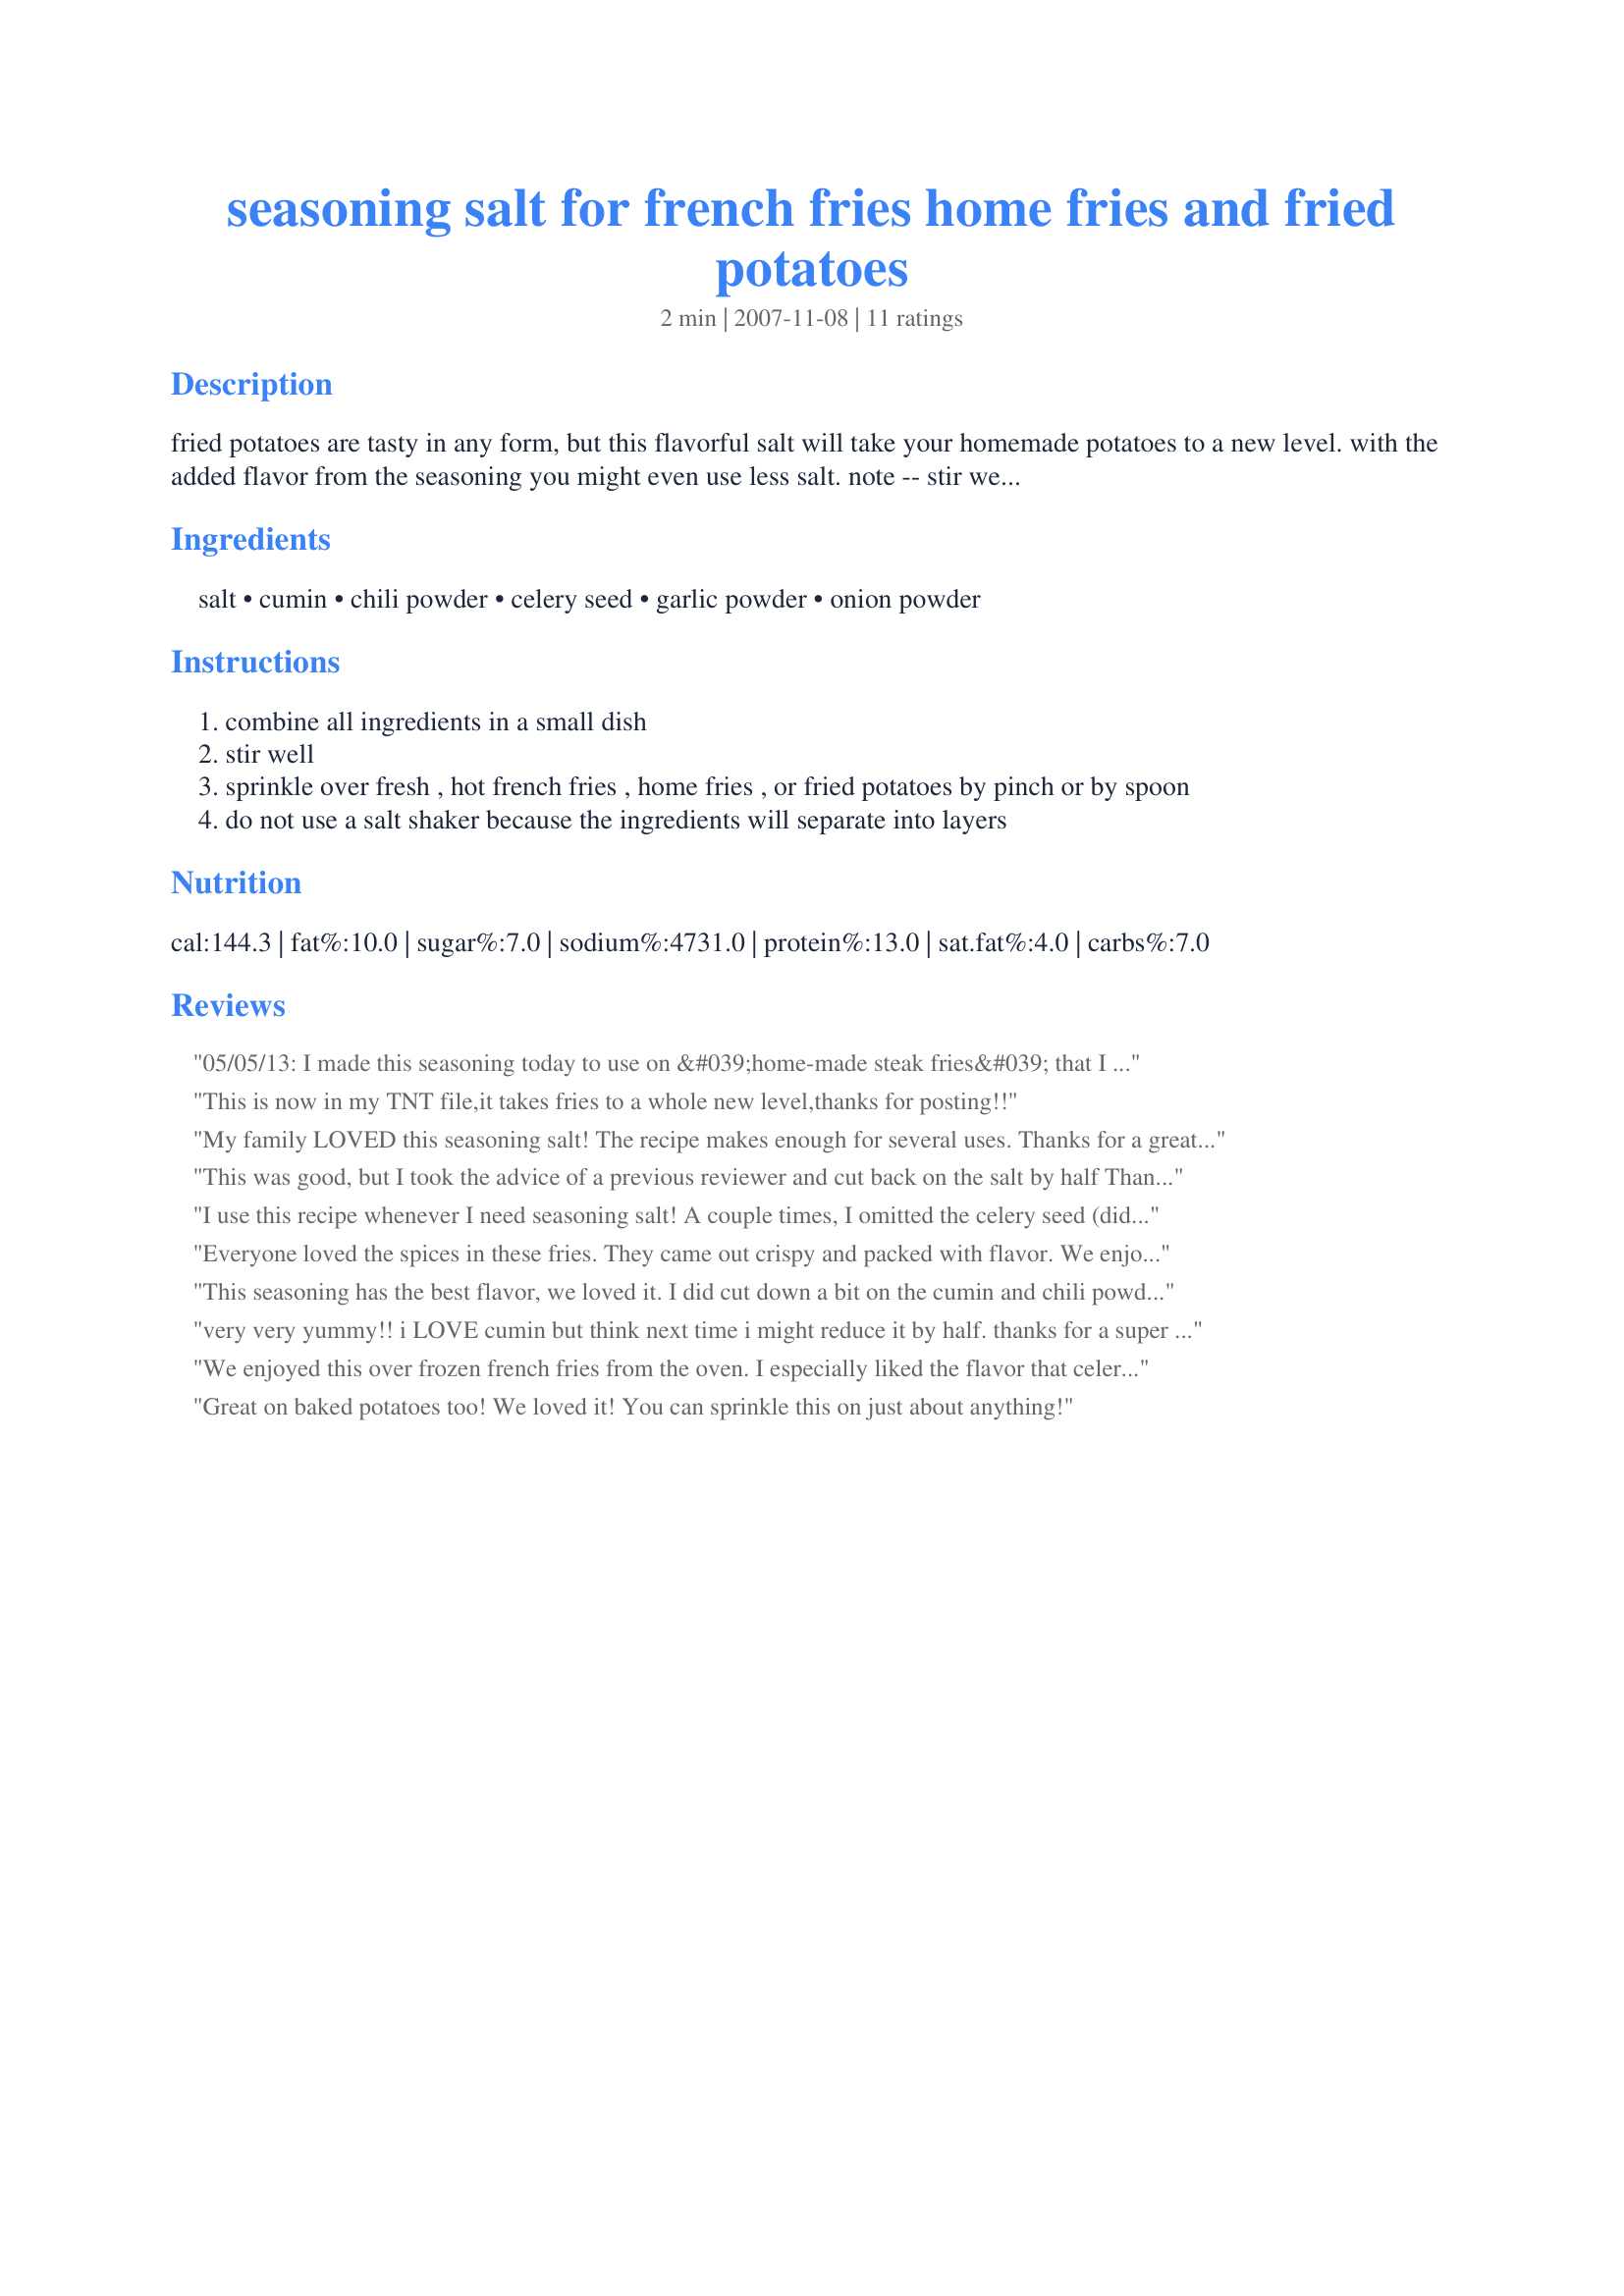
seasoning salt for french fries home fries and fried potatoes
Preparation time: 2 minutes

fried potatoes are tasty in any form, but this flavorful salt will take your homemade potatoes to a new level. with the added flavor from the seasoning you might even use less salt. note -- stir well before each use because the ingredients will settle out in layers.

Ingredients:
salt, cumin, chili powder, celery seed, garlic powder, onion powder

Steps:
combine all ingredients in a small dish
stir well
sprinkle over fresh , hot french fries , home fries , or fried potatoes by pinch or by spoon
do not use a salt shaker because the ingredients will separate into layers

Reviews:
05/05/13: I made this seasoning today to use on &#039;home-made steak fries&#039; that I served tonight with shredded beef &#039;Sloppy Joe&#039; sandwiches. I followed the exact measurments, using level measuring spoons, but there was just way too much salt. So I started over and halved the salt and adjusted all the other ingredients, and it was spot on! I&#039;m sorry, but your version was just too salty for us, but I appreciate the concept. I plan to make an extremely big batch to keep in a Tupperware in the cupboard when I can get the measurements accurate to our taste. I&#039;ve made my own meat rubs, etc... but I have never thought of making my own seasoning salt. Thank you for posting your &quot;special blend&quot;. (Made for &quot;Name That Ingredient&quot; tag game). EDITED 05/07/13 to say: I did not use the entire mixture on the fries, only a sprinkle. I was just pointing out the fact that the original recipe (as written) only tastes like &quot;salt&quot; and seems like a waste of the other ingredients. (I did not even have the entire 1/4 cup of salt on the plate in the photo before mixing).
This is now in my TNT file,it takes fries to a whole new level,thanks for posting!!
My family LOVED this seasoning salt! The recipe makes enough for several uses. Thanks for a great recipe! :) Made for "Review My Recipe Tag - 2007".
This was good, but I took the advice of a previous reviewer and cut back on the salt by half Thanks for posting!
I use this recipe whenever I need seasoning salt! A couple times, I omitted the celery seed (didn't have it at the time) and onion powder (didn't have it at the time) and replaced the regular salt with onion salt. It turned out well both ways. Thanks 3KillerBs!
Everyone loved the spices in these fries. They came out crispy and packed with flavor. We enjoyed them along with crab cakes. It was a winning combination!
This seasoning has the best flavor, we loved it. I did cut down a bit on the cumin and chili powder because the bbq sandwiches we had with it were pretty spicy already! Thanks
very very yummy!! i LOVE cumin but think next time i might reduce it by half. thanks for a super seasoning!!!
We enjoyed this over frozen french fries from the oven. I especially liked the flavor that celery seeds add to the seasoning mixture. I made 1/4 of the recipe, using one tablespoon of salt and 1/4 of all the other ingredients.
Great on baked potatoes too! We loved it! You can sprinkle this on just about anything!
YUM!<br/>I halved the recipe for the 2 of us, (left out the celery seed coz we didn't have any) & have lots left over to share with friends next time.<br/>Here in Melbourne there's a local vego burger franchise called Lord of the Fries (clever, eh? :) & this definitely rivals their seasoning.<br/>5 stars all the way!
